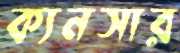
ক্যনসার